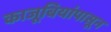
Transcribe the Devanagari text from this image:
काजूबियांपासून